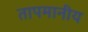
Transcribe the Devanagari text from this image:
तापमानीय